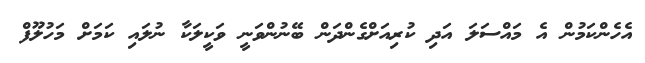
އެހެންކަމުން އެ މައްސަލަ އަދި ކުރިއަށްގެންދަން ބޭނުންވަނީ ވަކީލަކާ ނުލައި ކަމަށް މަހުލޫފް